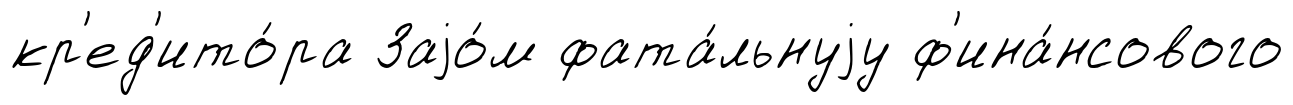
кр'ед'ито́ра Заjо́м фата́льнуjу ф'ина́нсового